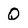
Character: Q